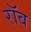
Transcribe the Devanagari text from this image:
रॉव